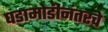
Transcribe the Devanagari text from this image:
घडामोडीनंतरचे